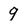
Character: 9